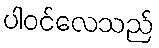
ပါဝင်လေသည်